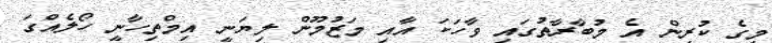
މީގެ ކުރިން އެ މުބާރާތުގައި ވާހަކަ އާއި މަޒުމޫން ލިޔަނީ އިމްތިހާނީ ހޯލެއްގަ